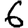
Digit: 6